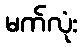
မက်လုံး